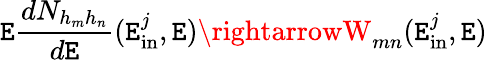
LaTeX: \mathtt{E}\frac{{dN_{h_{m}h_{n}}}}{{d\mathtt{E}}}(\mathtt{E}_{\mathrm{{in}}}^{j},\mathtt{E})\rightarrowW_{mn}(\mathtt{E}_{\mathrm{{in}}}^{j},\mathtt{E})